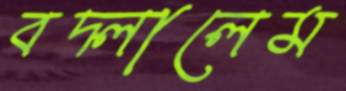
বদ্‌লালেম